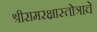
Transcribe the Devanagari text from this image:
श्रीरामरक्षास्तोत्राचे